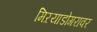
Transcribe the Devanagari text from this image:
मिऱयाडोगरावर